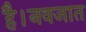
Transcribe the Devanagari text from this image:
है।नवजात